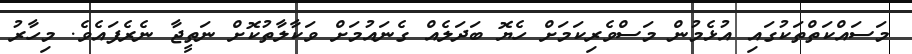
މަސައްކަތްތަކުގައި އުޅެމުން މަސްވެރިކަމަށް ހެޔޮ ބަދަލެއް ގެނައުމަށް ވަކާލާތުކޮށް ނަތީޖާ ނެރެފައެވެ. މިހާރު